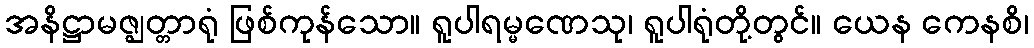
အနိဋ္ဌာမဇ္ဈတ္တာရုံ ဖြစ်ကုန်သော။ ရူပါရမ္မဏေသု၊ ရူပါရုံတို့တွင်။ ယေန ကေနစိ၊